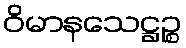
ဝိမာနသေဋ္ဌဉ္စ